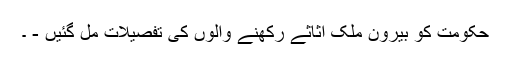
حکومت کو بیرون ملک اثاثے رکھنے والوں کی تفصیلات مل گئیں - ۔